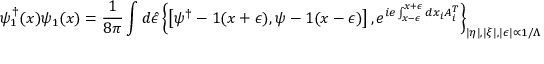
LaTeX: \psi _ { 1 } ^ { \dagger } ( x ) \psi _ { 1 } ( x ) = \frac { 1 } { 8 \pi } \int d \hat { \epsilon } \left\{ \left[ \psi ^ { \dagger } - 1 ( x + \epsilon ) , \psi - 1 ( x - \epsilon ) \right] , e ^ { i e \int _ { x - \epsilon } ^ { x + \epsilon } d x _ { i } A _ { i } ^ { T } } \right\} _ { | \eta | , | \xi | , | \epsilon | \propto 1 / \Lambda }